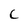
Character: c